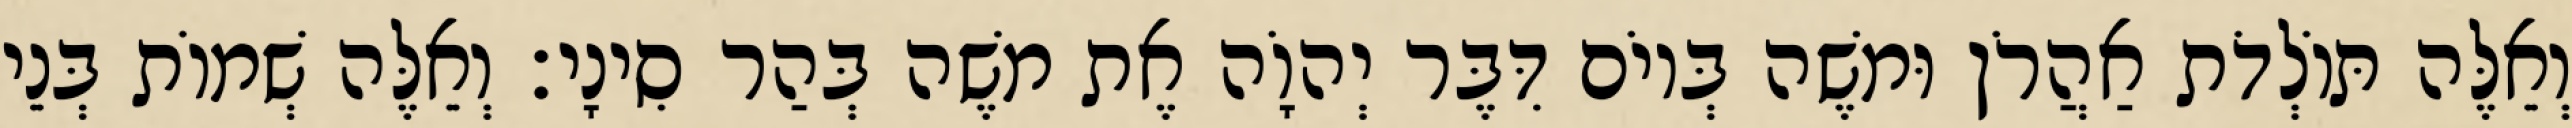
וְאֵלֶּה תּוֹלְדֹת אַהֲרֹן וּמשֶׁה בְּיוֹם דִּבֶּר יְהוָֹה אֶת משֶׁה בְּהַר סִינָי׃ וְאֵלֶּה שְׁמוֹת בְּנֵי